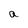
Character: a